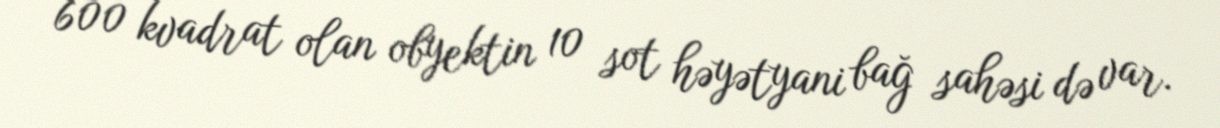
600 kvadrat olan obyektin 10 sot həyətyani bağ sahəsi də var.